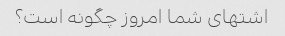
اشتهای شما امروز چگونه است؟